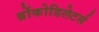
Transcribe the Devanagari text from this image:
ब्रोंकोडिलेटर्स